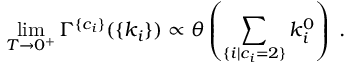
\operatorname * { l i m } _ { T \to 0 ^ { + } } \Gamma ^ { \{ c _ { i } \} } ( \{ k _ { i } \} ) \propto \theta \left( \sum _ { \{ i | c _ { i } = 2 \} } k _ { i } ^ { 0 } \right) \; .